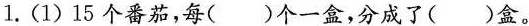
1.(1)15个番茄，每( )个一盒，分成了( )盒。